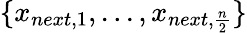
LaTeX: \{ x_{next,1},...,x_{next,\frac{n}{2}}\}